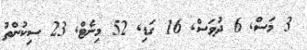
3 މަސް